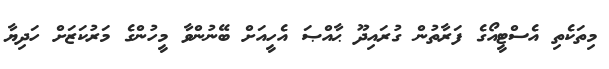
މިތަކެތި އެސްޓީއޯގެ ފަރާތުން ގުރައިދޫ ޙާއްޞަ އެހީއަށް ބޭނުންވާ މީހުންގެ މަރުކަޒަށް ހަދިޔާ